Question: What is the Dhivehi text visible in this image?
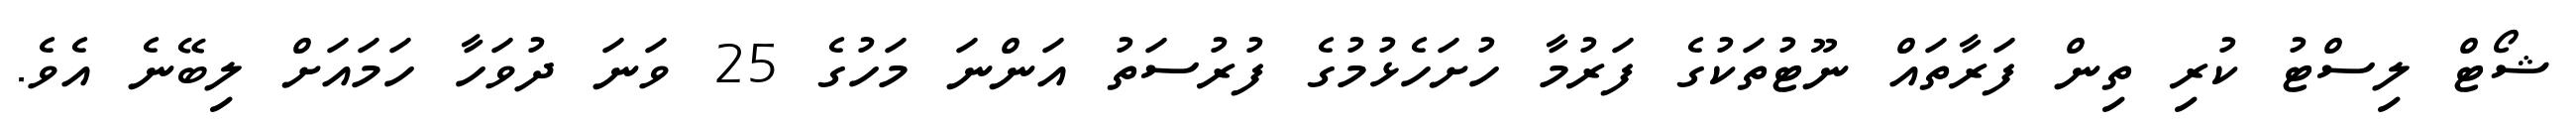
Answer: ޝޯޓް ލިސްޓު ކުރި ތިން ފަރާތައް ނޫޓުތަކުގެ ފަރުމާ ހުށަހެޅުމުގެ ފުރުސަތު އަންނަ މަހުގެ 25 ވަނަ ދުވަހާ ހަމައަށް ލިބޭނެ އެވެ.